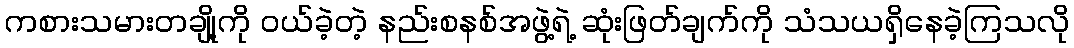
ကစားသမားတချို့ကို ဝယ်ခဲ့တဲ့ နည်းစနစ်အဖွဲ့ရဲ့ ဆုံးဖြတ်ချက်ကို သံသယရှိနေခဲ့ကြသလို